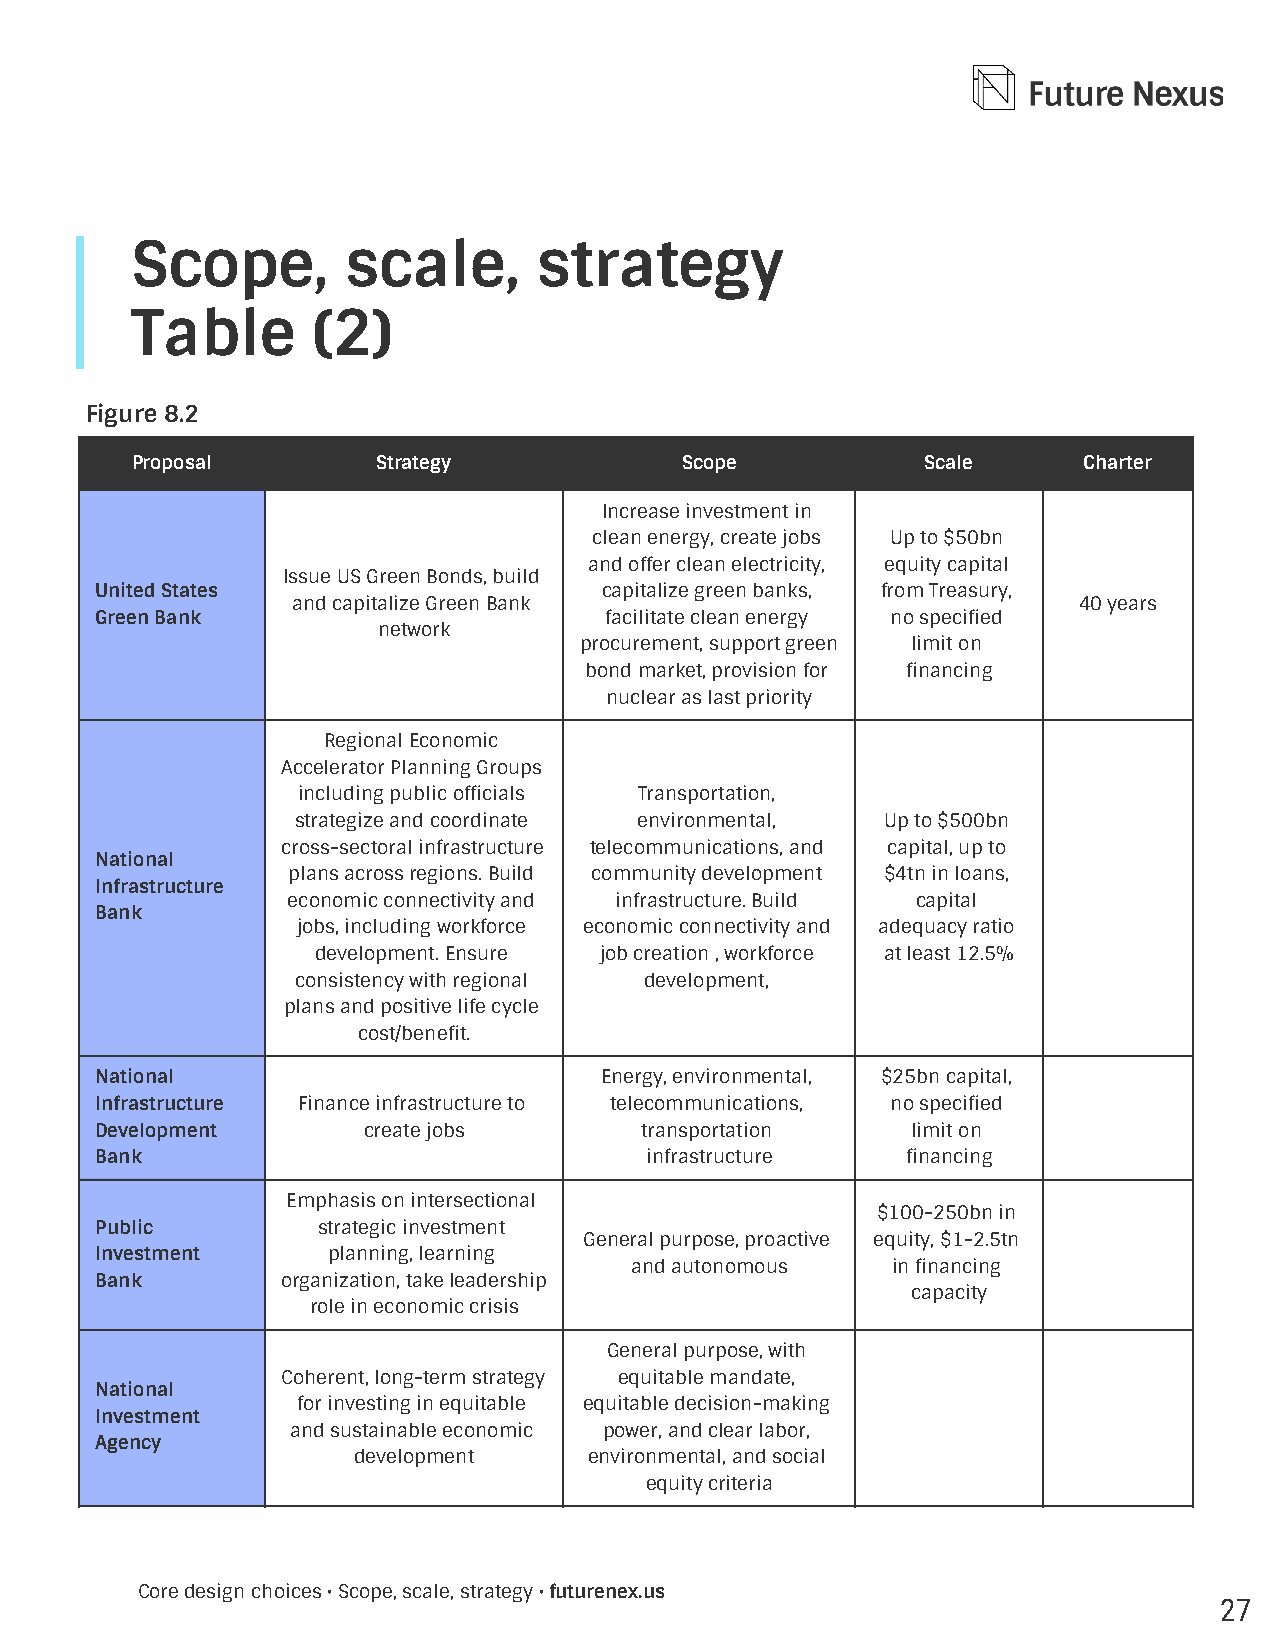
Scope,        scale,       strategy
 Table       (2)
 Figure 8.2
 Proposal        Strategy            Scope           Scale      Charter
 Increase investment in
 clean energy, create jobs Up to $50bn
 and offer clean electricity, equity capital
 Issue US Green Bonds, build
 United States                     capitalize green banks, from Treasury,
 and capitalize Green Bank                           40 years
 Green Bank                        facilitate clean energy no specied
 network
 procurement, support green limit on
 bond market, provision for nancing
 nuclear as last priority
 Regional Economic
 Accelerator Planning Groups
 including public ofcials Transportation,
 strategize and coordinate environmental, Up to $500bn
 cross-sectoral infrastructure telecommunications, and capital, up to
 National
 plans across regions. Build community development $4tn in loans,
 Infrastructure
 economic connectivity and infrastructure. Build capital
 Bank
 jobs, including workforce economic connectivity and adequacy ratio
 development. Ensure job creation , workforce at least 12.5%
 consistency with regional development,
 plans and positive life cycle
 cost/benet.
 National                          Energy, environmental, $25bn capital,
 Infrastructure Finance infrastructure to telecommunications, no specied
 Development       create jobs       transportation    limit on
 Bank                                 infrastructure   nancing
 Emphasis on intersectional
 $100-250bn in
 Public         strategic investment
 General purpose, proactive equity, $1-2.5tn
 Investment      planning, learning
 and autonomous   in nancing
 Bank         organization, take leadership
 capacity
 role in economic crisis
 General purpose, with
 Coherent, long-term strategy equitable mandate,
 National
 for investing in equitable equitable decision-making
 Investment
 and sustainable economic power, and clear labor,
 Agency
 development     environmental, and social
 equity criteria
 Core design choices • Scope, scale, strategy • futurenex.us
 27